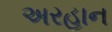
અરહાન